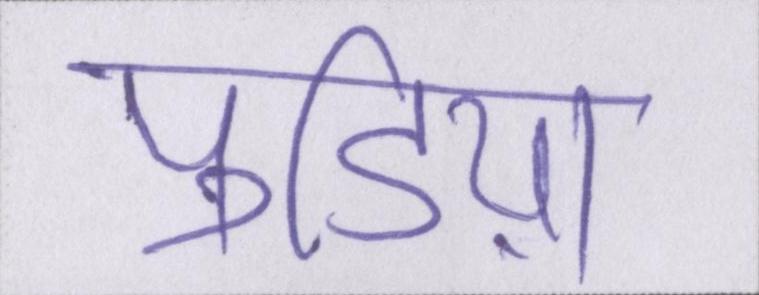
पुडिय़ा